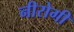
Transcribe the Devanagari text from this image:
नीरोगी